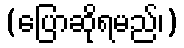
(ပြောဆိုရမည်၊)